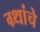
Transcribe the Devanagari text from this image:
ग्र्थांचे